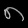
Digit: ၈